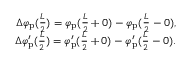
\begin{array} { r } { \Delta \varphi _ { \mathrm { p } } ( \frac { L } { 2 } ) = \varphi _ { \mathrm { p } } ( \frac { L } { 2 } + 0 ) - \varphi _ { \mathrm { p } } ( \frac { L } { 2 } - 0 ) , } \\ { \Delta \varphi _ { \mathrm { p } } ^ { \prime } ( \frac { L } { 2 } ) = \varphi _ { \mathrm { p } } ^ { \prime } ( \frac { L } { 2 } + 0 ) - \varphi _ { \mathrm { p } } ^ { \prime } ( \frac { L } { 2 } - 0 ) . } \end{array}